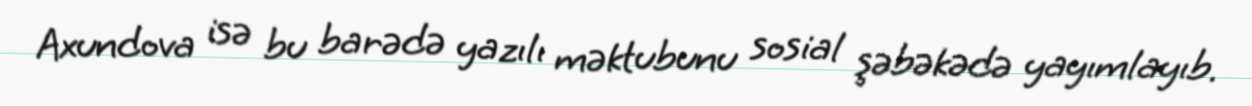
Axundova isə bu barədə yazılı məktubunu sosial şəbəkədə yayımlayıb.